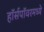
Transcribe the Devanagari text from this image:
हॉर्सपॉवरमध्ये